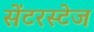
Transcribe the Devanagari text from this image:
सेंटरस्टेज